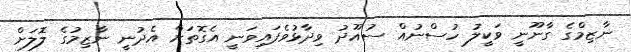
ނާޒިމްގެ ގާނޫނީ ވަކީލު ހުސްނުއް ސުއޫދު ވިދާޅުވެފައިވަނީ އެގޮތަށް އެދުނީ ނާޒިމުގެ ލޮލަށް